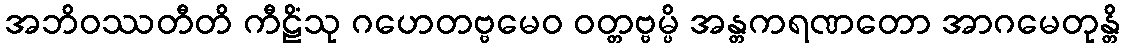
အဘိဝဿတီတိ ကီဠိံသု ဂဟေတဗ္ဗမေဝ ဝတ္တဗ္ဗမ္ပိ အန္တကရဏတော အာဂမေတုန္တိ